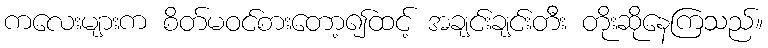
ကလေးများက စိတ်မဝင်စားတော့၍ထင့် အချင်းချင်းတီး တိုးဆိုနေကြသည်။